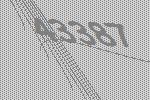
43387